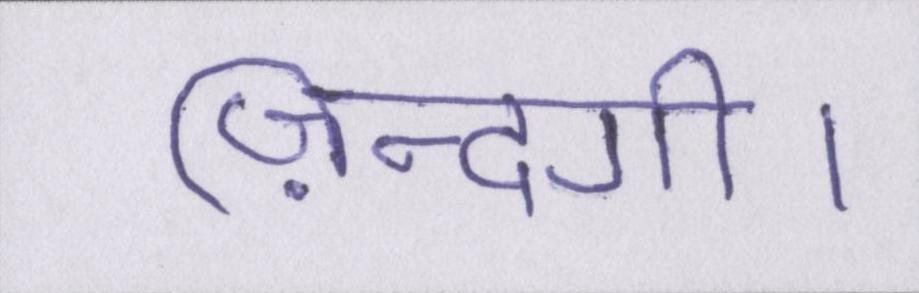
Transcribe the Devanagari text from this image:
ज़िन्दगी।